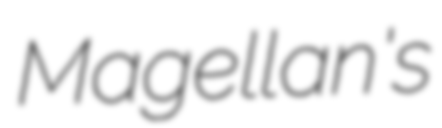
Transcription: Magellan's